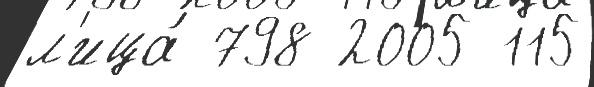
л'ица́ 798 2005 115